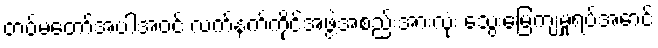
တပ်မတော်အပါအဝင် လက်နက်ကိုင်အဖွဲ့အစည်းအားလုံး သွေးမြေကျမှုရပ်အောင်